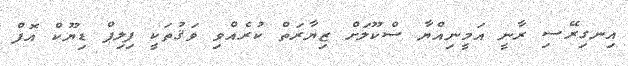
އިނގިރޭސި ރާނީ އަމީނިއްޔާ ސްކޫލަށް ޒިޔާރަތް ކުރެއްވި ވަޤުތަކީ ފިލިޕް ޑިޔޫކް އޮފް